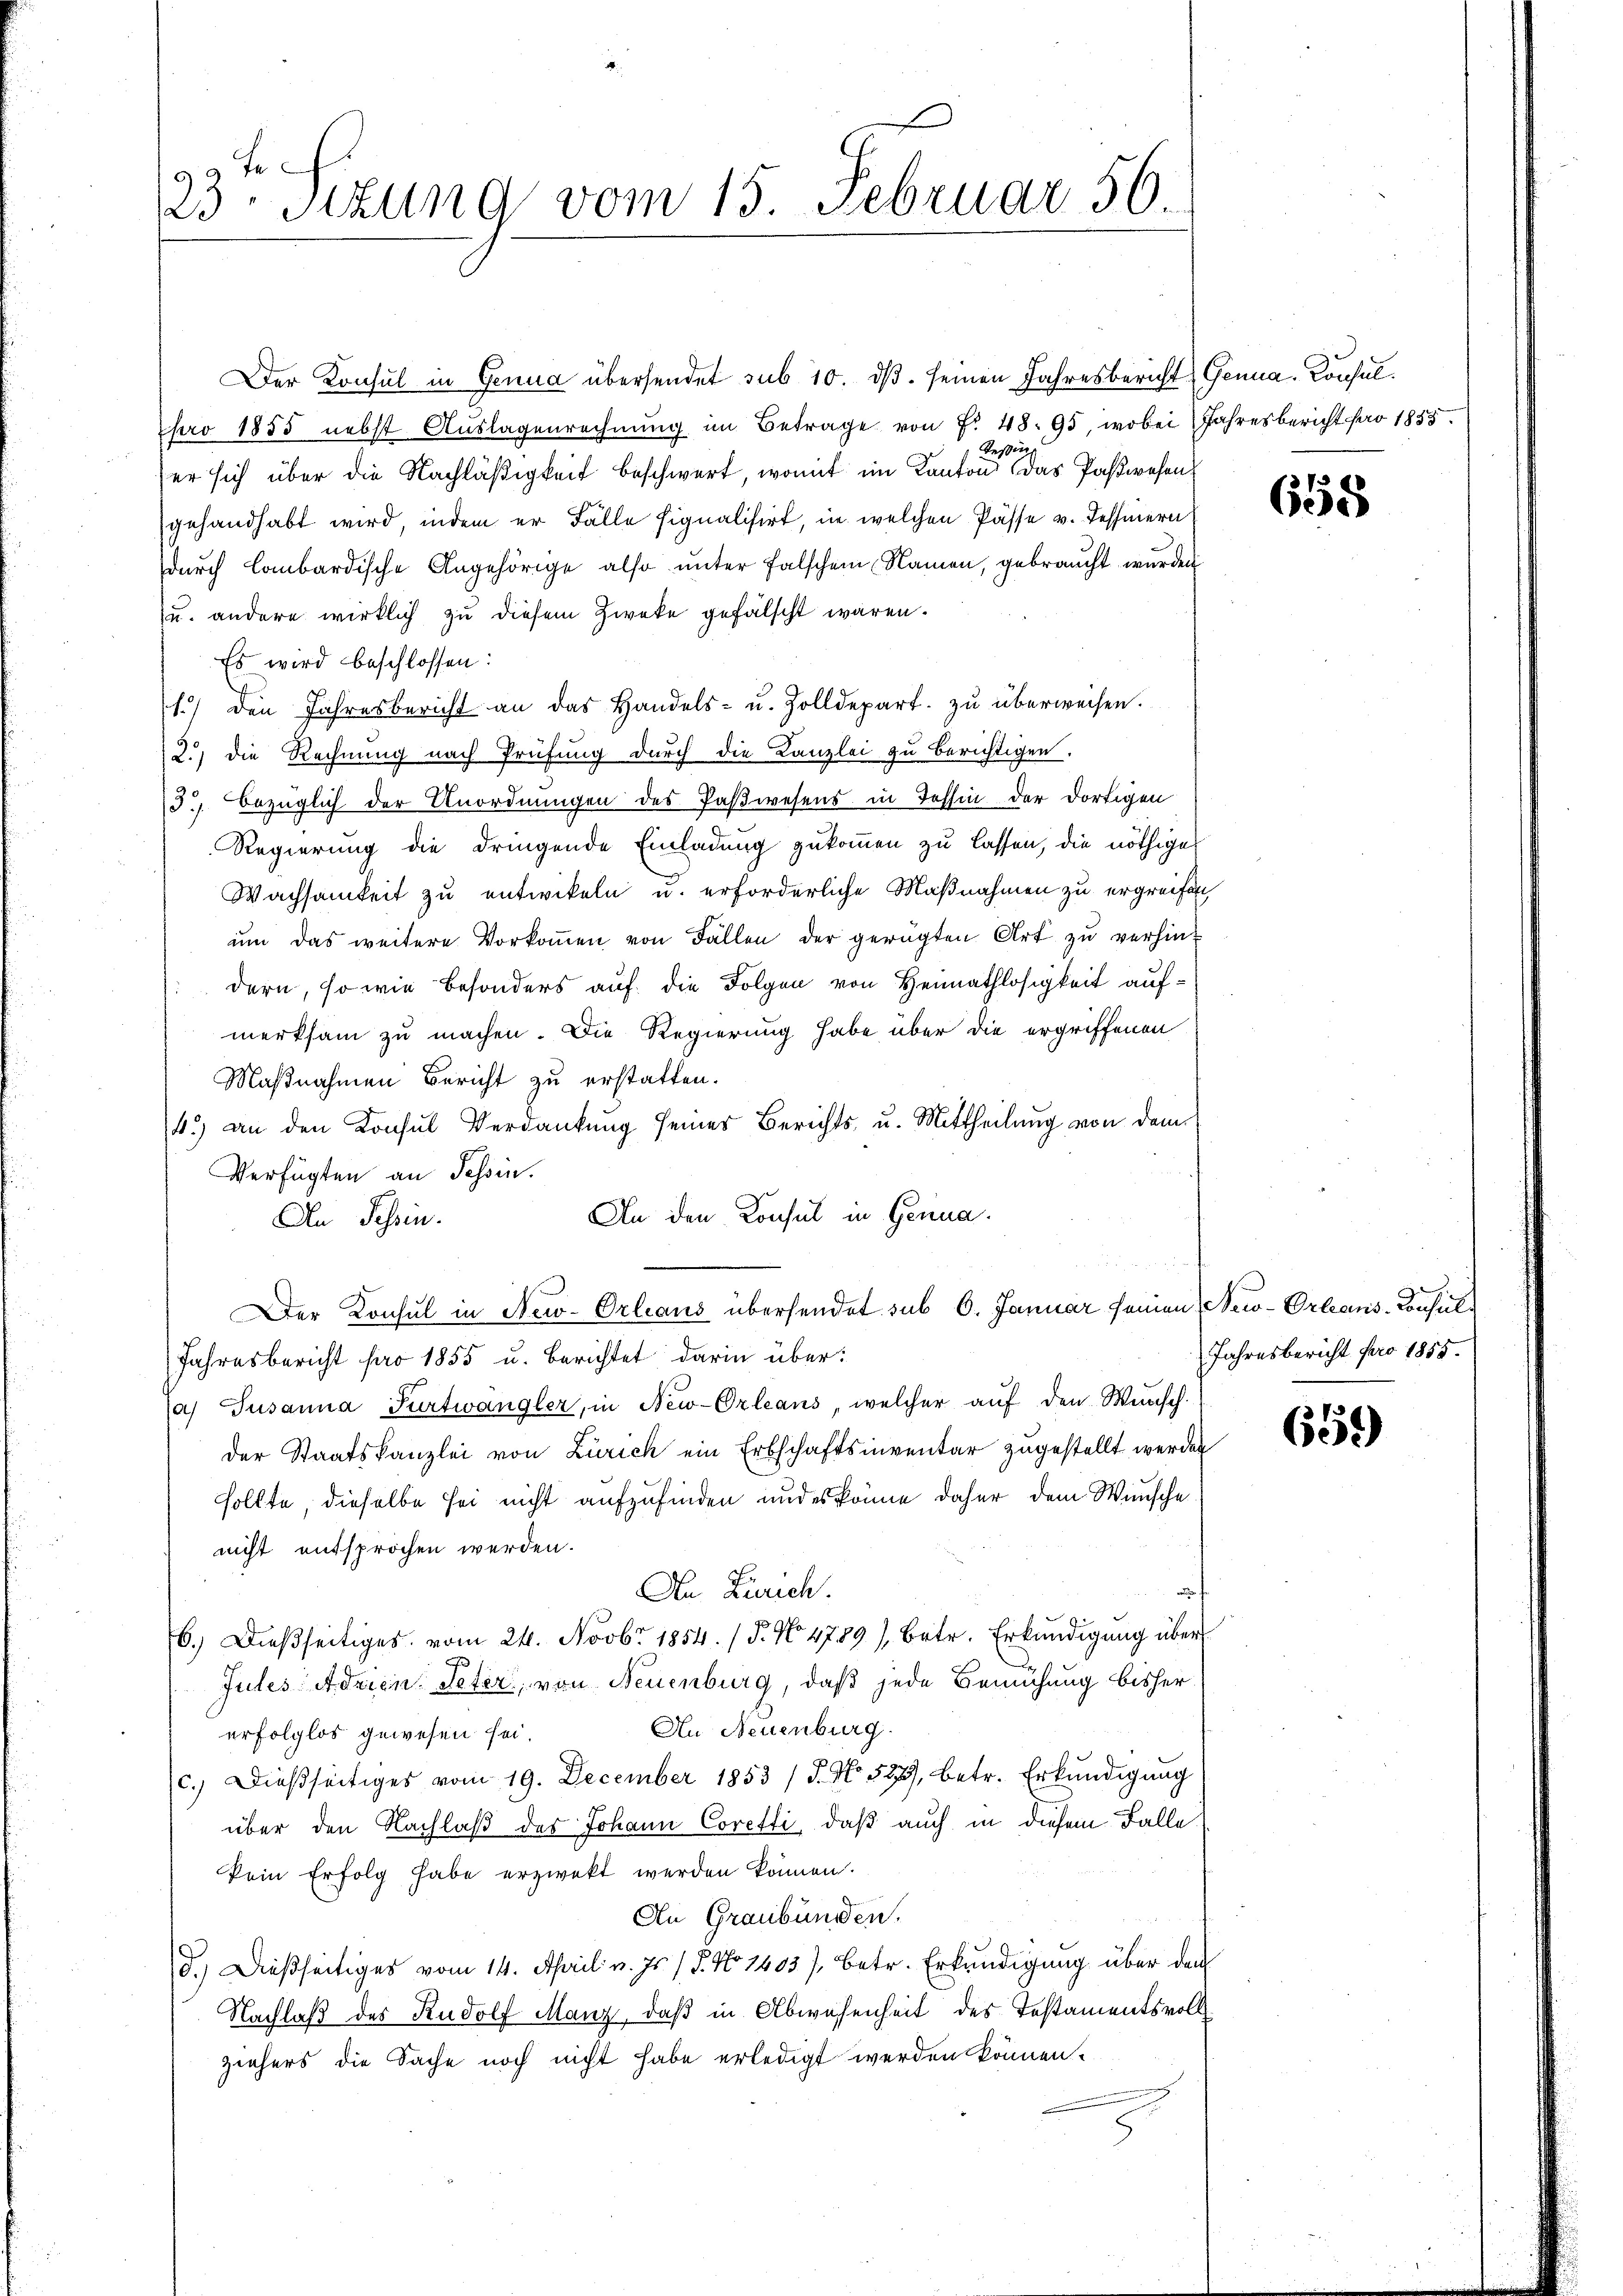
9
23 Stzung vom 15. Februar 56.

Der Konsul in Genua übersendet sub 10. dβ. seinen Jahresbericht Gena-Konsul¬
Nro 1855 nebst Aŭslagenrechnŭng im Betrage von f. 48. 95, wobei Jahresbericht pro 1855.
er sich über die Nachläßigkeit beschwert, womit im Kantone das Postwesen
gehandhabt wird, indem er Fälle signalisirt, in welchen Pässe v. Tessinern
durch lombardische Angehörige also unter falschen Namen, gebraucht wurden
u. andere wirklich zu diesem Zwecke gefälscht waren.
Es wird beschlossen:
1) den Jahresbericht an das Handels- u. Zolldepart zu überweisen.
2.) die Rechnung nach Prüfung durch die Kanzlei zu berichtigen.
3. bezüglich der Unordnungen des Paßwesens in Tessin der dortigen
Regierung die dringende Einladung zukommen zu lassen, die nöthiges
Wachsamkeit zu entwikeln u. erforderliche Maßnahmen zu ergreifen
ŭm das weitere Vorkoṁen von Fällen der gerügten Art zu verhindern, so wie besonders auf die Folgen von Heimathlosigkeit aufmerksam zu machen. Die Regierung habe über die ergriffenen
Maßnahmen Bericht zu erstatten.
4.) an den Konsul Verdankung seines Berichts u. Mittheilung von dem
Verfügten an Tessin.
An den Konsul in Genua
An Tessin.
Der Konsul in New-Orleaus übersendet sub 6. Januar seinen New-Orleans-Consul
Jahresbericht pro 1855 u. berichtet darin über:
a) Susanna Purtwangler, in New-Orleans, welcher aŭf den Wünsch.
der Staatskanzlei von Zürich ein Erbschaftsinventar zugestellt werden
sollte, dieselbe sei nicht aufzufinden und es könne daher dem Wünsche
nicht entsprochen werden.
An Zürich.
6.) Dießseitiges. vom 24. Novbr 1854. (T. No 4789/Betr. Erkundigung über
ra
Jules Adrien Veter, von Neuenburg, daß jede Bemühung bisher
An Neuenburg.
erfolglos gewesen sei.
c.) Dießseitiges vom 19. December 1853 / 5. No 529, betr. Erkundigung
über den Nachlaß des Johann Coretti, daß auch in diesem Falle
kein Erfolg habe erzwekt werden können.
An Graubünden.
d.) Dießseitiges vom 14. April v. Js. / 5. No 1403/, betr. Erkundigung über den
Nachlaß des Rudolf Manz, daß in Abwesenheit des Testamentsvollziehers die Sache noch nicht habe erledigt werden können.

658

Jahresbericht pro 1855.

659)